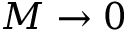
M \to 0